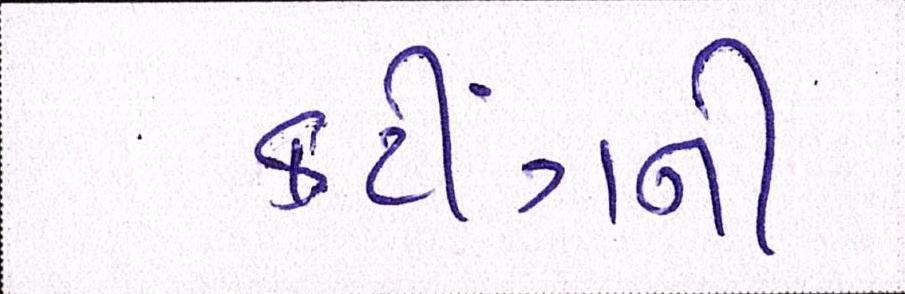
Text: કટીંગની